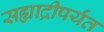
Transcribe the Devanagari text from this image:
सह्याद्रीपर्यंत